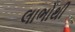
લાભોથી